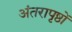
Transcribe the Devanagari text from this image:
अंतरापृष्ठों